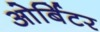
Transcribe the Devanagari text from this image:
ओर्बिटर